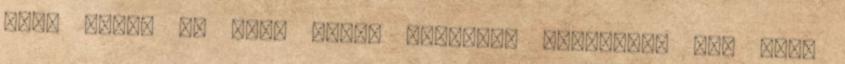
fog. Mivel én csak natúr szappant készítek, így csak